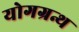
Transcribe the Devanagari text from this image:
योगग्रन्थ